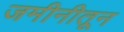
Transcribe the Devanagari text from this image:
जमीनीतून